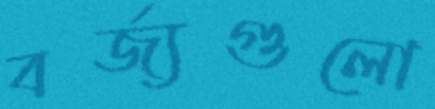
বর্জ্যগুলো